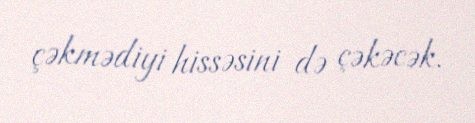
çəkmədiyi hissəsini də çəkəcək.